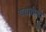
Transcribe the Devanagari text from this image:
ययातीशी